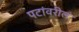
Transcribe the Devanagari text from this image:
पटांवरील